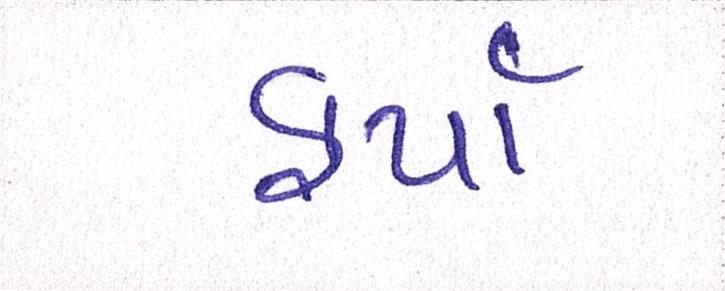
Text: ફર્યા